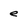
Character: e